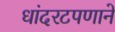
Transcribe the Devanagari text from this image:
धांदरटपणाने